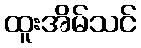
ထူးအိမ်သင်